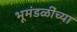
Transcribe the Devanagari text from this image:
भूमंडळींच्या